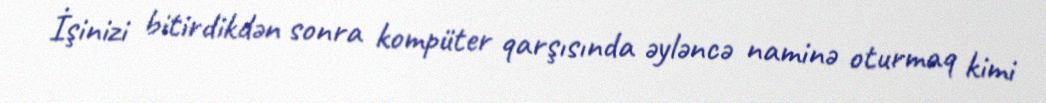
İşinizi bitirdikdən sonra kompüter qarşısında əyləncə naminə oturmaq kimi